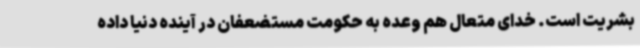
بشریت است. خدای متعال هم وعده به حکومت مستضعفان در آینده دنیا داده